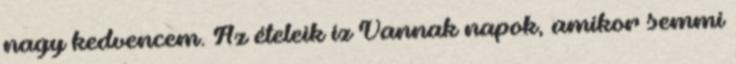
nagy kedvencem. Az ételeik íz Vannak napok, amikor semmi